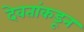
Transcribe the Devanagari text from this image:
देवतांकडून